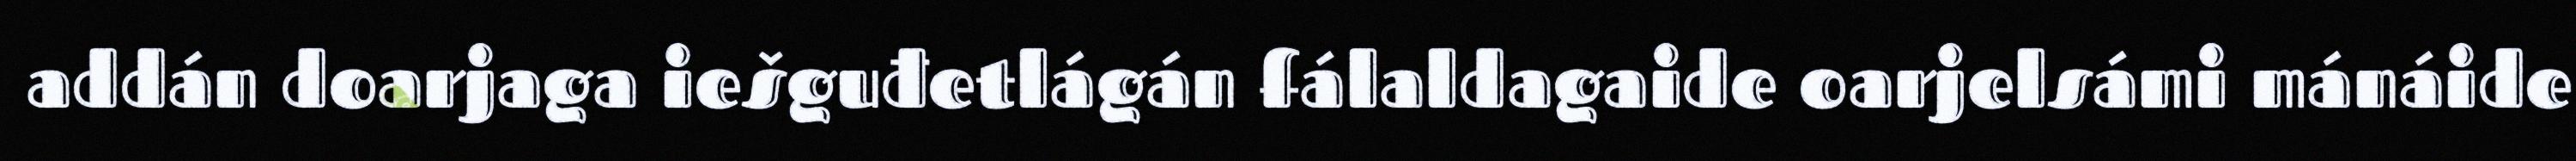
addán doarjaga iešguđetlágán fálaldagaide oarjelsámi mánáide